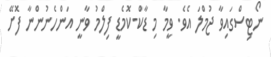
ނޯޓިސްގައިވާ ޖުމްލަ އެވެ. ވީމާ މި ޑާކް-ކޮމެޑީ ފިލްމު ވާނީ އަންހެނުންނާ ފޮށޭ